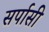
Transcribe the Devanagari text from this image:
सर्पासी